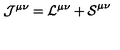
\mathcal { J ^ { \mu \nu } = L ^ { \mu \nu } + S } ^ { \mu \nu }